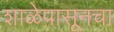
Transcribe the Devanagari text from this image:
शाळेपासूनचा